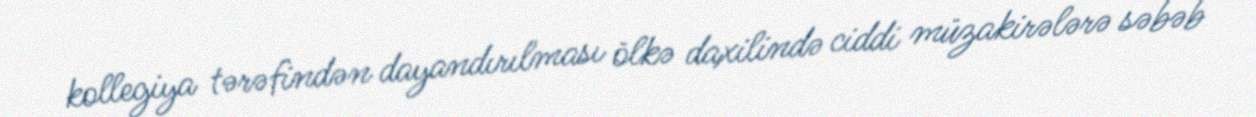
kollegiya tərəfindən dayandırılması ölkə daxilində ciddi müzakirələrə səbəb